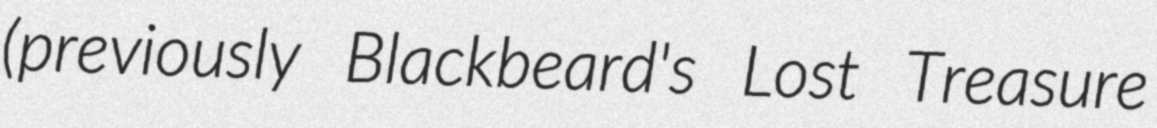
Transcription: (previously Blackbeard's Lost Treasure